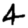
Digit: 4